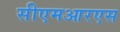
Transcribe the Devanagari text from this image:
सीएमआरएस